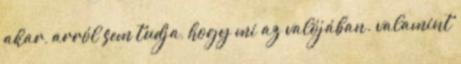
akar, arról sem tudja, hogy mi az valójában. valamint